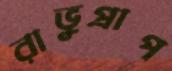
রাভুপ্রাপ্